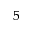
^ 5